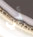
أي